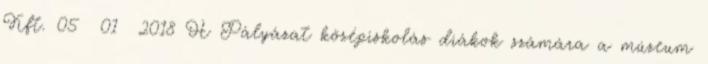
Kft. 05 01 2018 H Pályázat középiskolás diákok számára a múzeum